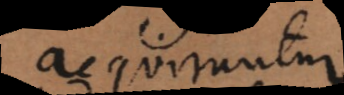
acquiruntur